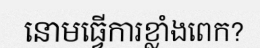
នោមធ្វើការខ្លាំងពេក?